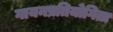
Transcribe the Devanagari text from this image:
गायनप्रतियोगिता